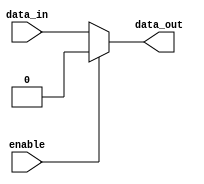
module open_drain_buffer (
  input wire enable,
  input wire data_in,
  output wire data_out
);

  assign data_out = (enable) ? 1'b0 : data_in; // Tri-state output buffer

endmodule